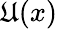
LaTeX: \mathfrak{U}(x)